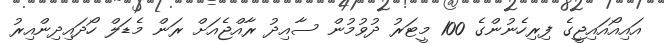
އައިއޯއައިޖީގެ ފިރިހެނުންގެ 100 މީޓަރު ދުވުމުން ސާއިދު ރާއްޖެއަށް ރަން މެޑަލް ހޯދައިދިންއިރު